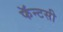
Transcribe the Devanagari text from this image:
फॅन्टसी